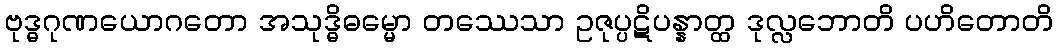
ဗုဒ္ဓဂုဏယောဂတော အသုဒ္ဓိဓမ္မော တဿေသာ ဥဇုပ္ပဋိပန္နာတ္ထ ဒုလ္လဘောတိ ပဟိတောတိ